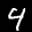
Label: 4